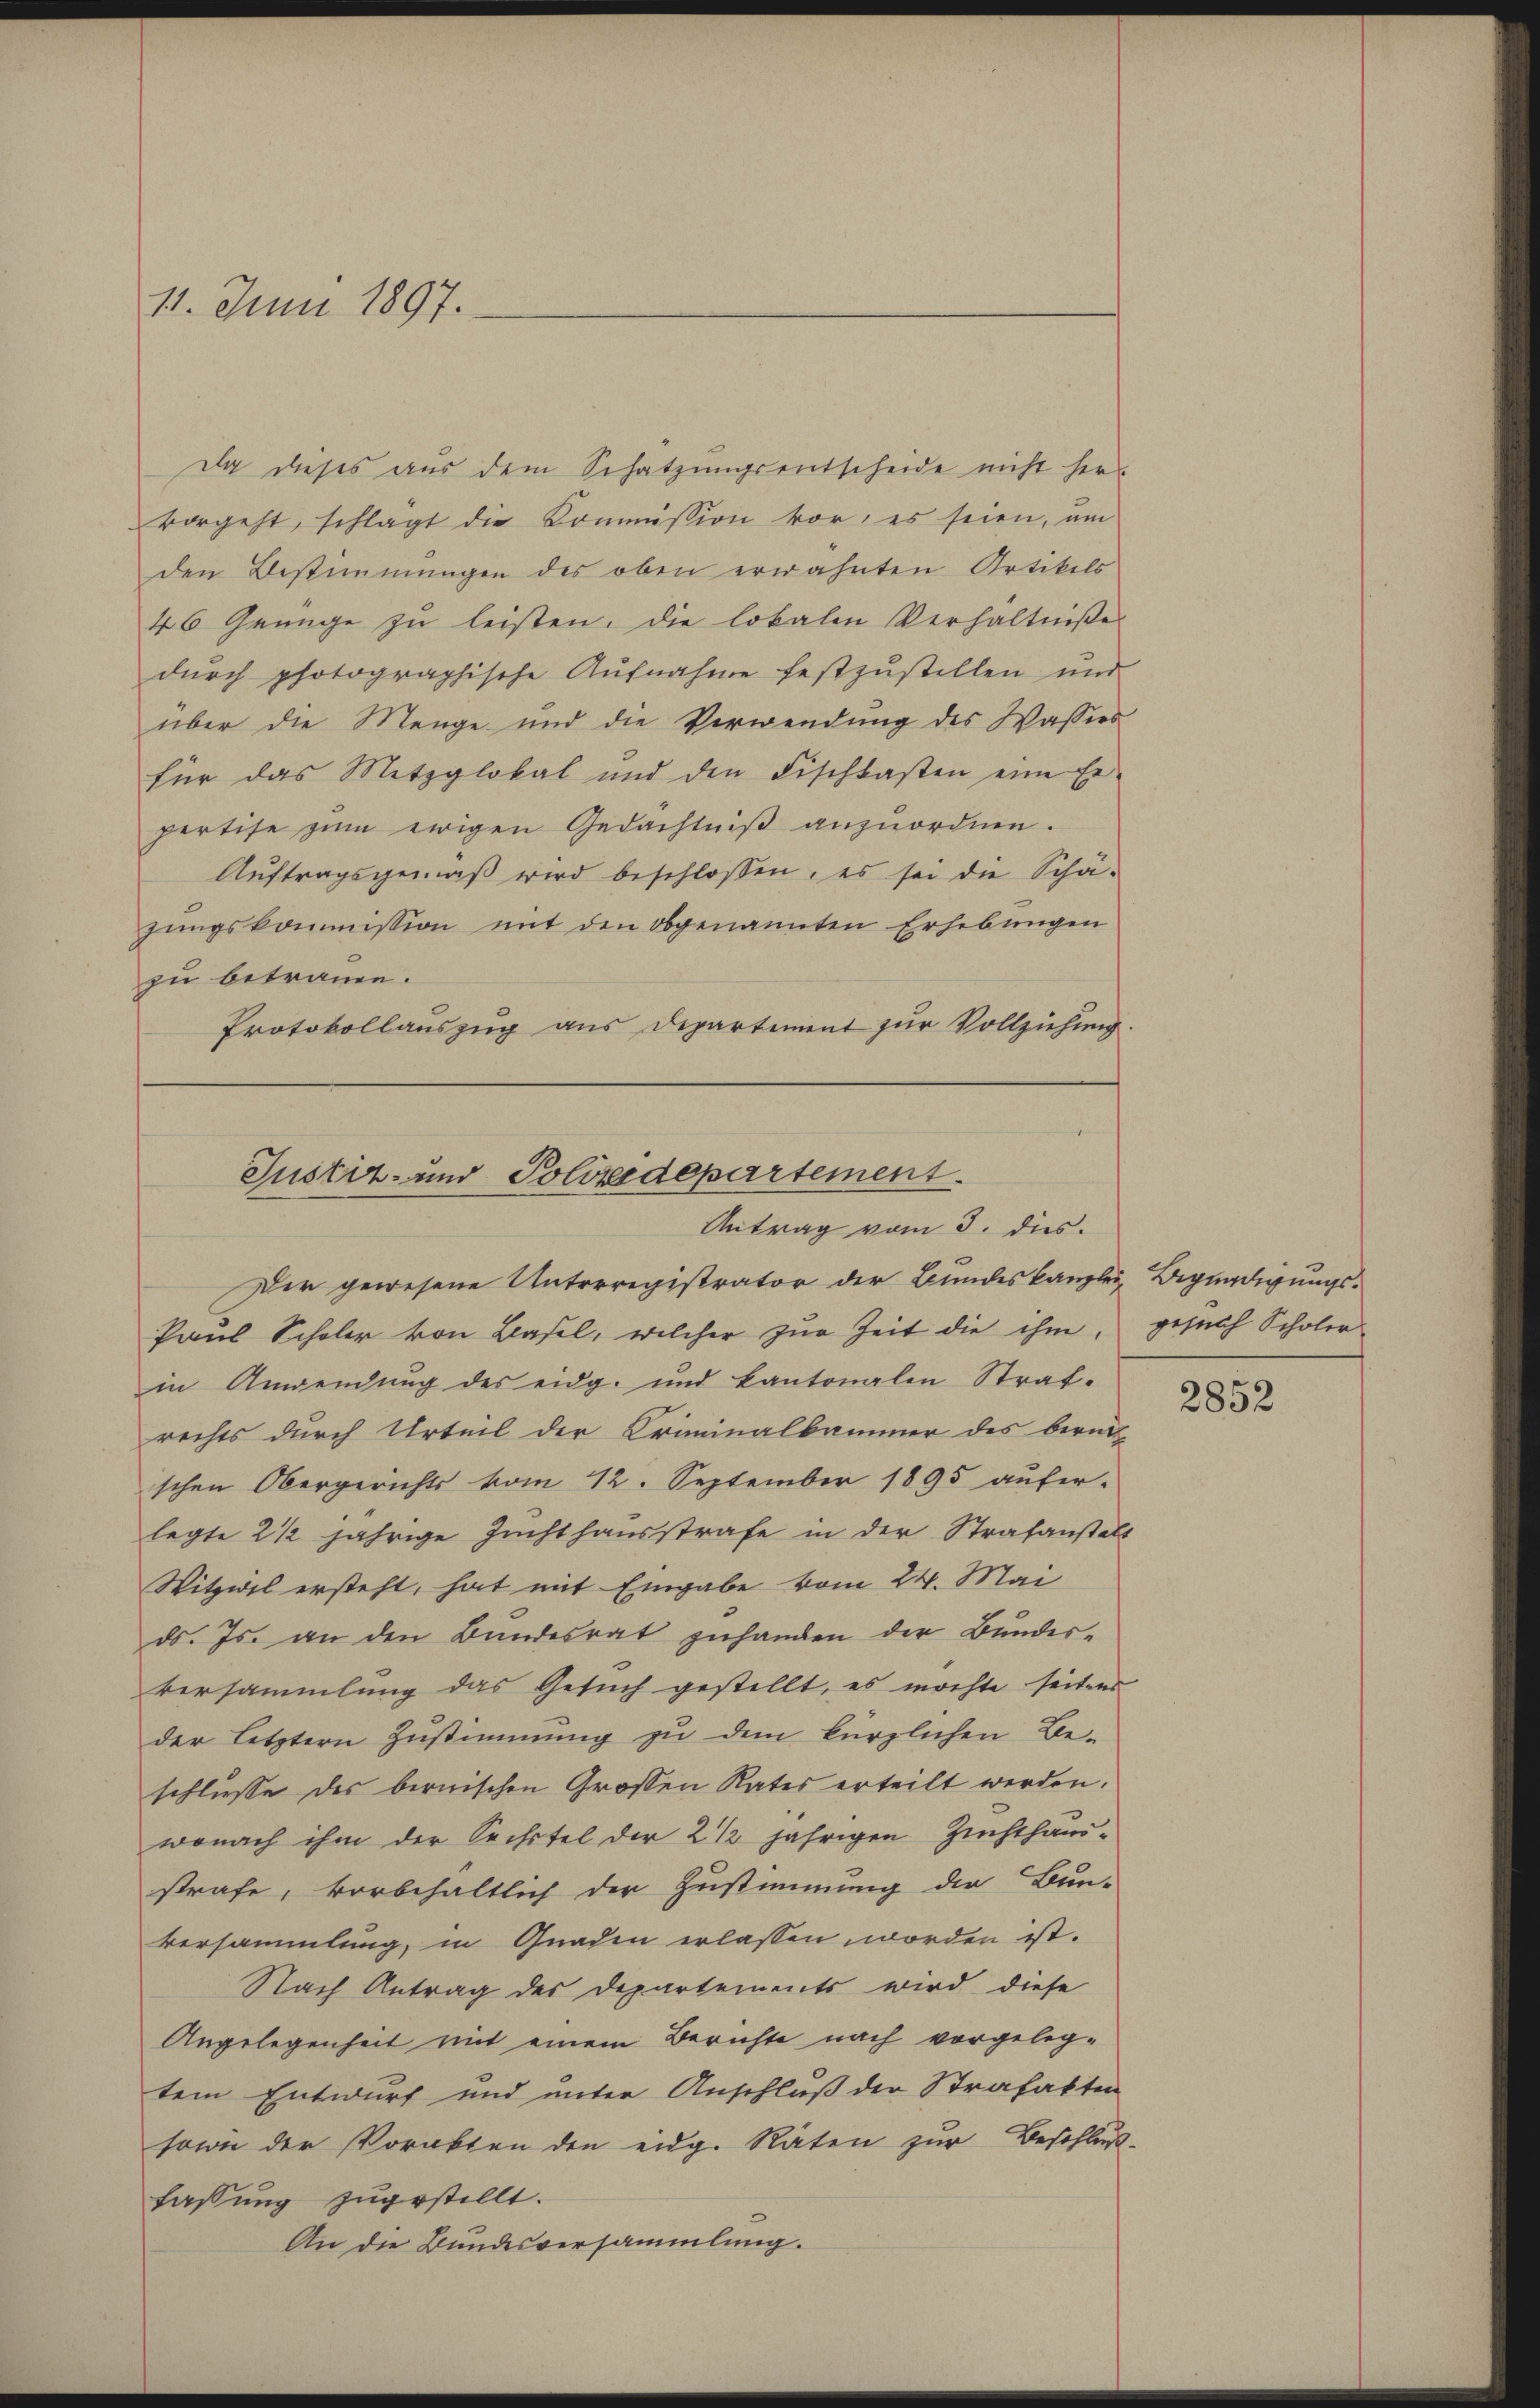
11. Juni 1897.

Da dieses aus dem Schatzungsentscheide nicht her
vorgeht, schlagt die Kommission vor, es seien, um
den Bestimmungen des oben erwähnten Artikels
46 Genüge zu leisten. Die lokalen Verhältniße
dŭrch photographische Aŭfnahme festzŭstellen und
über die Menge und die Verwendung des Wassers
für das Mitzglokal und den Fischtasten eine Er-
pertise zum ewigen Gedächtniß anzuordnen.
Auftragsgemäß wird beschlossen, es sei die Schäzungskommission mit den obgenannten Erhebungen
zu betrauen.
Protokollauszug aus Departement zur Vollziehung

Der gewesene Unterregistrator der Bundeskanzlei, Begnadigungs-
Paul Schuler von Basel, welcher zur Zeit die ihm,
in Anwendung des eidg. und kantonalen Straf-
rechts durch Urteil der Criminalkammer des berüc
schen Obergerichts vom 12. September 1895 aufer-
legte 2 1/2 jährige Zuchthausstrafe in der Strafanstell
Witzwil ersteht, hat mit Eingabe vom 24. Mai
ds. Js. an den Bundesrat zuhanden der Bundesversammlung das Gesuch gestellt, es möchte seitens
der letztern Zustimmung zu dem kürzlichen Be-
schlusse des bernischen Grossen Rates erteilt werden.
wonach ihm der Sechstel der 2 1/2 jährigen Zuchthaus-
strafe, vorbehaltlich der Zustimmung der Bun-
versammlung, in Gnaden erlassen worden ist.
Nach Antrag des Departements wird diese
Angelegenheit mit einem Berichte nach vorgeleg-
tem Entwurf und unter Anschluß der Strafakten
sowie der Vorakten den eidg. Räten zur Beschluß-
fassung zugestellt.
An die Bundesversammlung.

Justiz- und Polizedepartement.
Antrag vom 3. dies

gesuch Scholer

2852